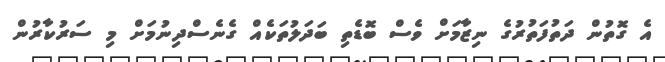
އެ ގޮތުން ދަތުފަތުރުގެ ނިޒާމަށް ވެސް ބޮޑެތި ބަދަލުތަކެއް ގެނެސްދިނުމަށް މި ސަރުކާރުން